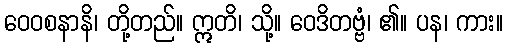
ဝေဝစနာနိ၊ တို့တည်။ ဣတိ၊ သို့။ ဝေဒိတဗ္ဗံ၊ ၏။ ပန၊ ကား။